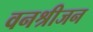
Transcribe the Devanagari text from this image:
वनश्रीजन